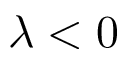
\lambda < 0